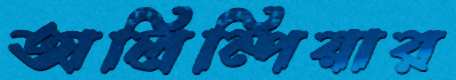
অলিম্পিয়ার